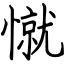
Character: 憱